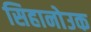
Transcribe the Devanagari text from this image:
सिहानोउक